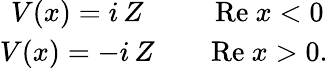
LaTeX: \begin{array}{cc}{{V(x)=i\, Z}}&{{\ \ \ \ \mathrm{Re}\ x<0}}\\ {{V(x)=-i\, Z}}&{{\ \ \ \ \mathrm{Re}\ x>0.}}\end{array}